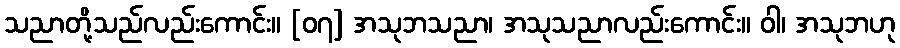
သညာတို့သည်လည်းကောင်း။ [၀၇] အသုဘသညာ၊ အသုသညာလည်းကောင်း။ ဝါ၊ အသုဘဟု